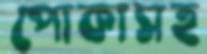
পোকাসহ